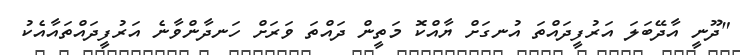
"ދޫނީ އާދޭބަލަ އަރުފީދައްތަ އުނގަށް ޔާއްކޮ މަތީން ދައްތަ ވަރަށް ހަނދާންވާނެ އަރުފީދައްތައާއެކު